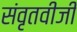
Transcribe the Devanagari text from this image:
संवृतवीजी